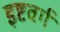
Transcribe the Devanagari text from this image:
इष्टवर्ग